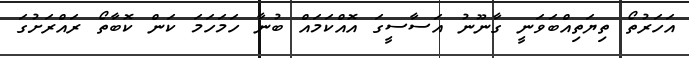
އަހަރުތޯ ތިޔަތިއްބަވަނީ ގާނޫނު އަސާސީގަ އޮއްކަމައް ބުނާ ހަމަހަމަ ކަން ކޮބާތޯ ރައްރަށުގަ